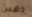
دهس